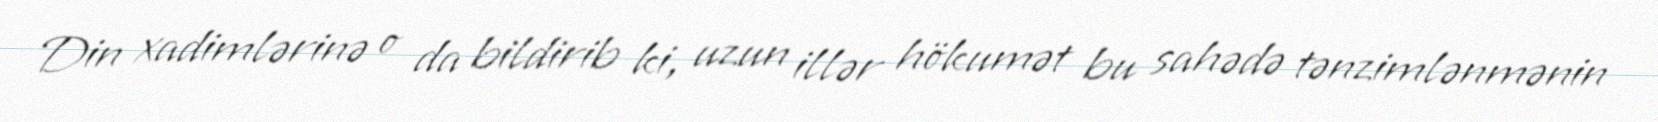
Din xadimlərinə o da bildirib ki, uzun illər hökumət bu sahədə tənzimlənmənin